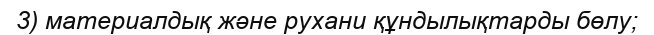
3) материалдық және рухани құндылықтарды бөлу;